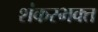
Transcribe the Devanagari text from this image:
शंकरभक्त